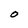
Character: O